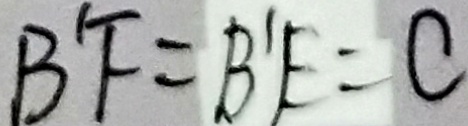
B ^ { \prime } F = B ^ { \prime } E = C